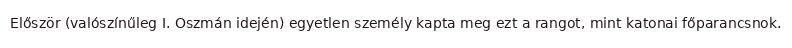
Először (valószínűleg I. Oszmán idején) egyetlen személy kapta meg ezt a rangot, mint katonai főparancsnok.